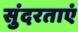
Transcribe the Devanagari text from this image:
सुंदरताएं